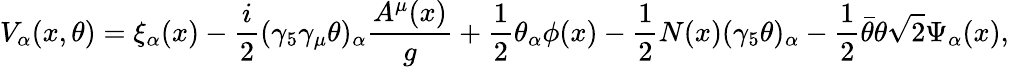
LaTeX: V_{\alpha}(x,\theta)=\xi_{\alpha}(x)-\frac{i}{2}(\gamma_{5}\gamma_{\mu}\theta)_{\alpha}\frac{A^{\mu}(x)}{g}+\frac{1}{2}\theta_{\alpha}\phi(x)-\frac{1}{2}N(x)(\gamma_{5}\theta)_{\alpha}-\frac{1}{2}\bar{\theta}\theta\sqrt{2}\Psi_{\alpha}(x),